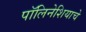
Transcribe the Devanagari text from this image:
पॉलिनेशियाचे